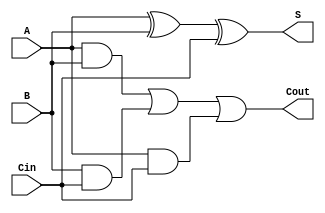
module async_full_adder (
    input wire A,    // First input operand
    input wire B,    // Second input operand
    input wire Cin,  // Carry-in input
    output wire S,   // Sum output
    output wire Cout  // Carry-out output
);

// Internal wires for intermediate calculations
wire A_xor_B;      // Intermediate result for A XOR B
wire A_and_B;      // Intermediate result for A AND B
wire B_and_Cin;    // Intermediate result for B AND Cin
wire A_and_Cin;    // Intermediate result for A AND Cin

// Sum output using XOR gates
assign A_xor_B = A ^ B;             // A XOR B
assign S = A_xor_B ^ Cin;           // (A XOR B) XOR Cin

// Carry output using AND and OR gates
assign A_and_B = A & B;             // A AND B
assign B_and_Cin = B & Cin;         // B AND Cin
assign A_and_Cin = A & Cin;         // A AND Cin

// Cout output calculation
assign Cout = A_and_B | B_and_Cin | A_and_Cin; // (A AND B) OR (B AND Cin) OR (A AND Cin)

endmodule